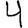
Digit: 4